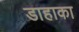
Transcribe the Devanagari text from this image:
डाहाका